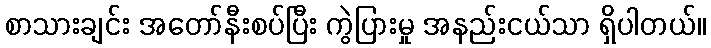
စာသားချင်း အတော်နီးစပ်ပြီး ကွဲပြားမှု အနည်းငယ်သာ ရှိပါတယ်။